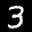
Label: 3